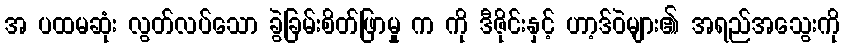
အ ပထမဆုံး လွတ်လပ်သော ခွဲခြမ်းစိတ်ဖြာမှု က ကို ဒီဇိုင်းနှင့် ဟာ့ဒ်ဝဲများ၏ အရည်အသွေးကို